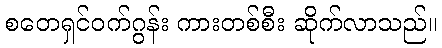
စတေရှင်ဝက်ဂွန်း ကားတစ်စီး ဆိုက်လာသည်။